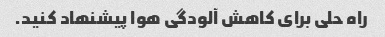
راه حلی برای کاهش آلودگی هوا پیشنهاد کنید.